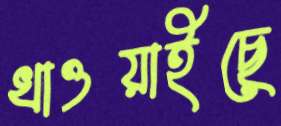
খাওয়াইছে